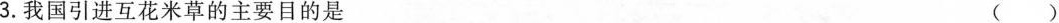
3.我国引进互花米草的主要目的是 ()